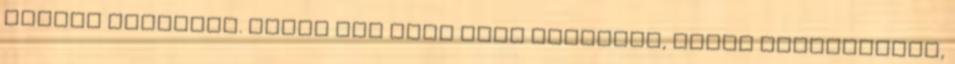
ülésen garmadát. Abban sem volt nagy köszönet, ahogy cseperedtem,